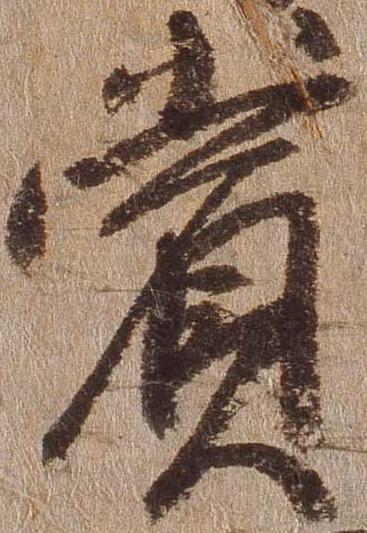
賞